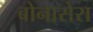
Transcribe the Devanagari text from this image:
बोनासेरा